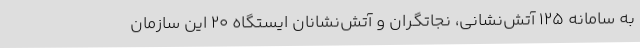
به سامانه ۱۲۵ آتش‌نشانی، نجاتگران و آتش‌نشانان ایستگاه ۲۰ این سازمان